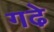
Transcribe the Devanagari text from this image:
गढे़